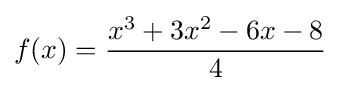
f(x)={\frac {x^{3}+3x^{2}-6x-8}{4}}